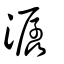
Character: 潺